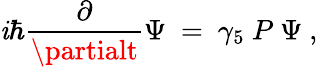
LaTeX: \mathit{i}\hbar{\frac{{\partial}}{{\partialt}}}\Psi\ =\ \gamma_{5}\ P\ \Psi\ ,